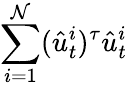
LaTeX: \sum_{i=1}^{\mathcal{N}}(\hat{{u}}_{t}^{i})^{\tau}\hat{{u}}_{t}^{i}